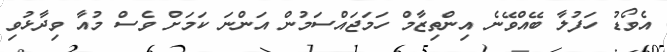
އެވޯޑު ހަފުލާ ބޭއްވޭނެ އިންތިޒާމް ހަމަޖައްސަމުން އަންނަ ކަމަށް ވެސް މުއާ ވިދާޅުވި